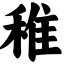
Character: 稚